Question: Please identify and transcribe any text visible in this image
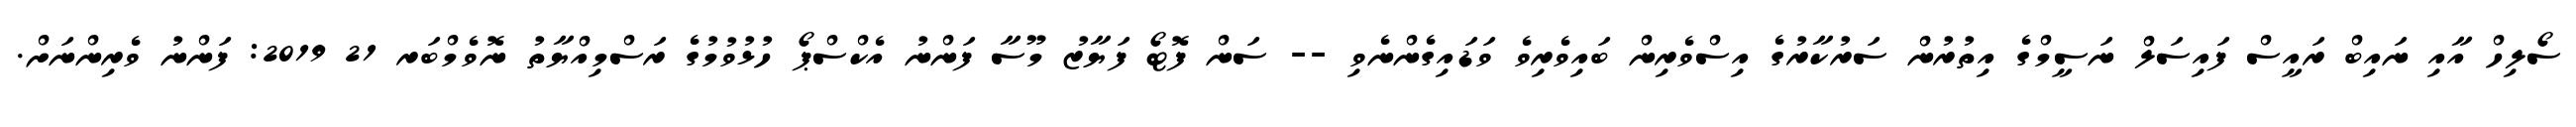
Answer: ސޯލިހް އާއި ނައިބް ރައީސް ފައިސަލް ނަސީމްގެ އިތުރުން ސަރުކާރުގެ އިސްވެރިން ބައިވެރިވެ ވަޑައިގެންނެވި -- ސަން ފޮޓޯ ފަޔާޒު މޫސާ ފަންނު އެކްސްޕޯ ހުޅުވުމުގެ ރަސްމިއްޔާތު ނޮވެމްބަރ 21 2019: ފަންނު ވެރިންނަށް.